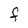
Character: F